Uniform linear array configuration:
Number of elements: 8
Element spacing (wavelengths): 0.5
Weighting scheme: hamming
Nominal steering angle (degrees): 15
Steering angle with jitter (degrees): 14.523
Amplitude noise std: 0.05
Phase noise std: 0.05

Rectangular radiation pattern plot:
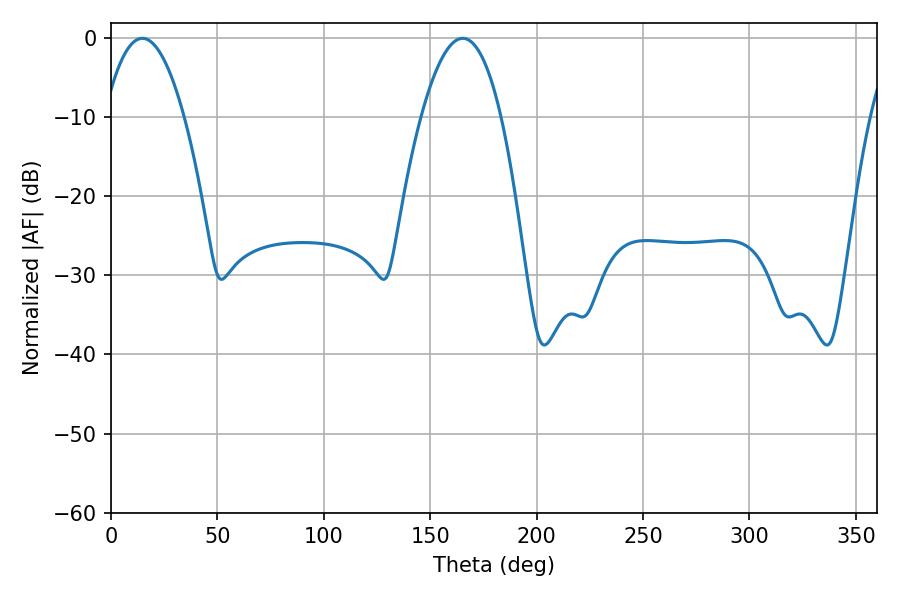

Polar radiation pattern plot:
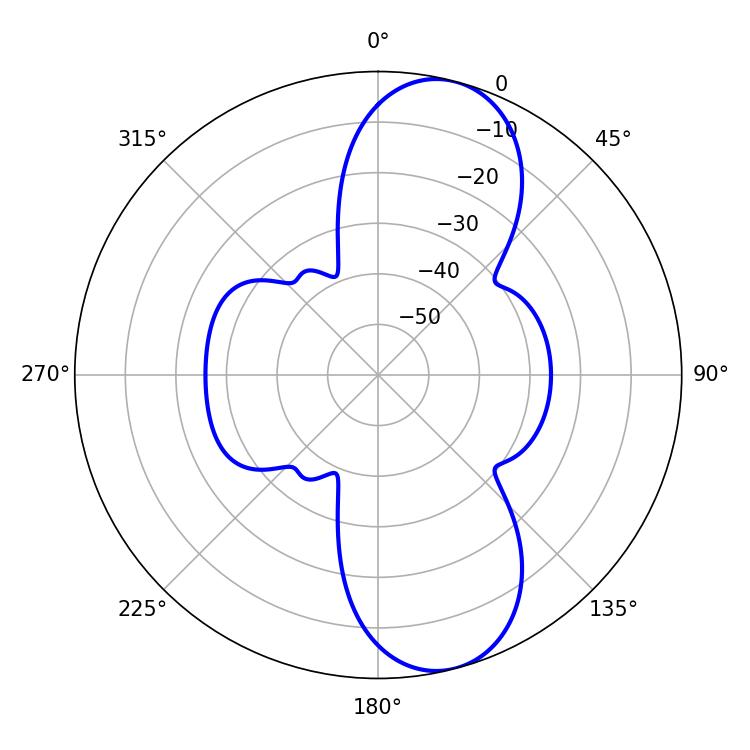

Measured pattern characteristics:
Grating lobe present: FALSE
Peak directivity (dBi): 9.995
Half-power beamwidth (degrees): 20.7
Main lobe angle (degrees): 14.76